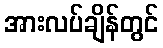
အားလပ်ချိန်တွင်